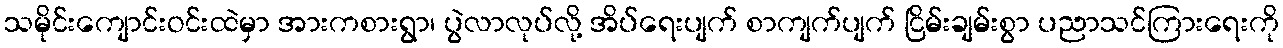
သမိုင်းကျောင်းဝင်းထဲမှာ အားကစားရွာ၊ ပွဲလာလုပ်လို့ အိပ်ရေးပျက် စာကျက်ပျက် ငြိမ်းချမ်းစွာ ပညာသင်ကြားရေးကို